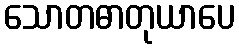
သောတဓာတုယာပေ